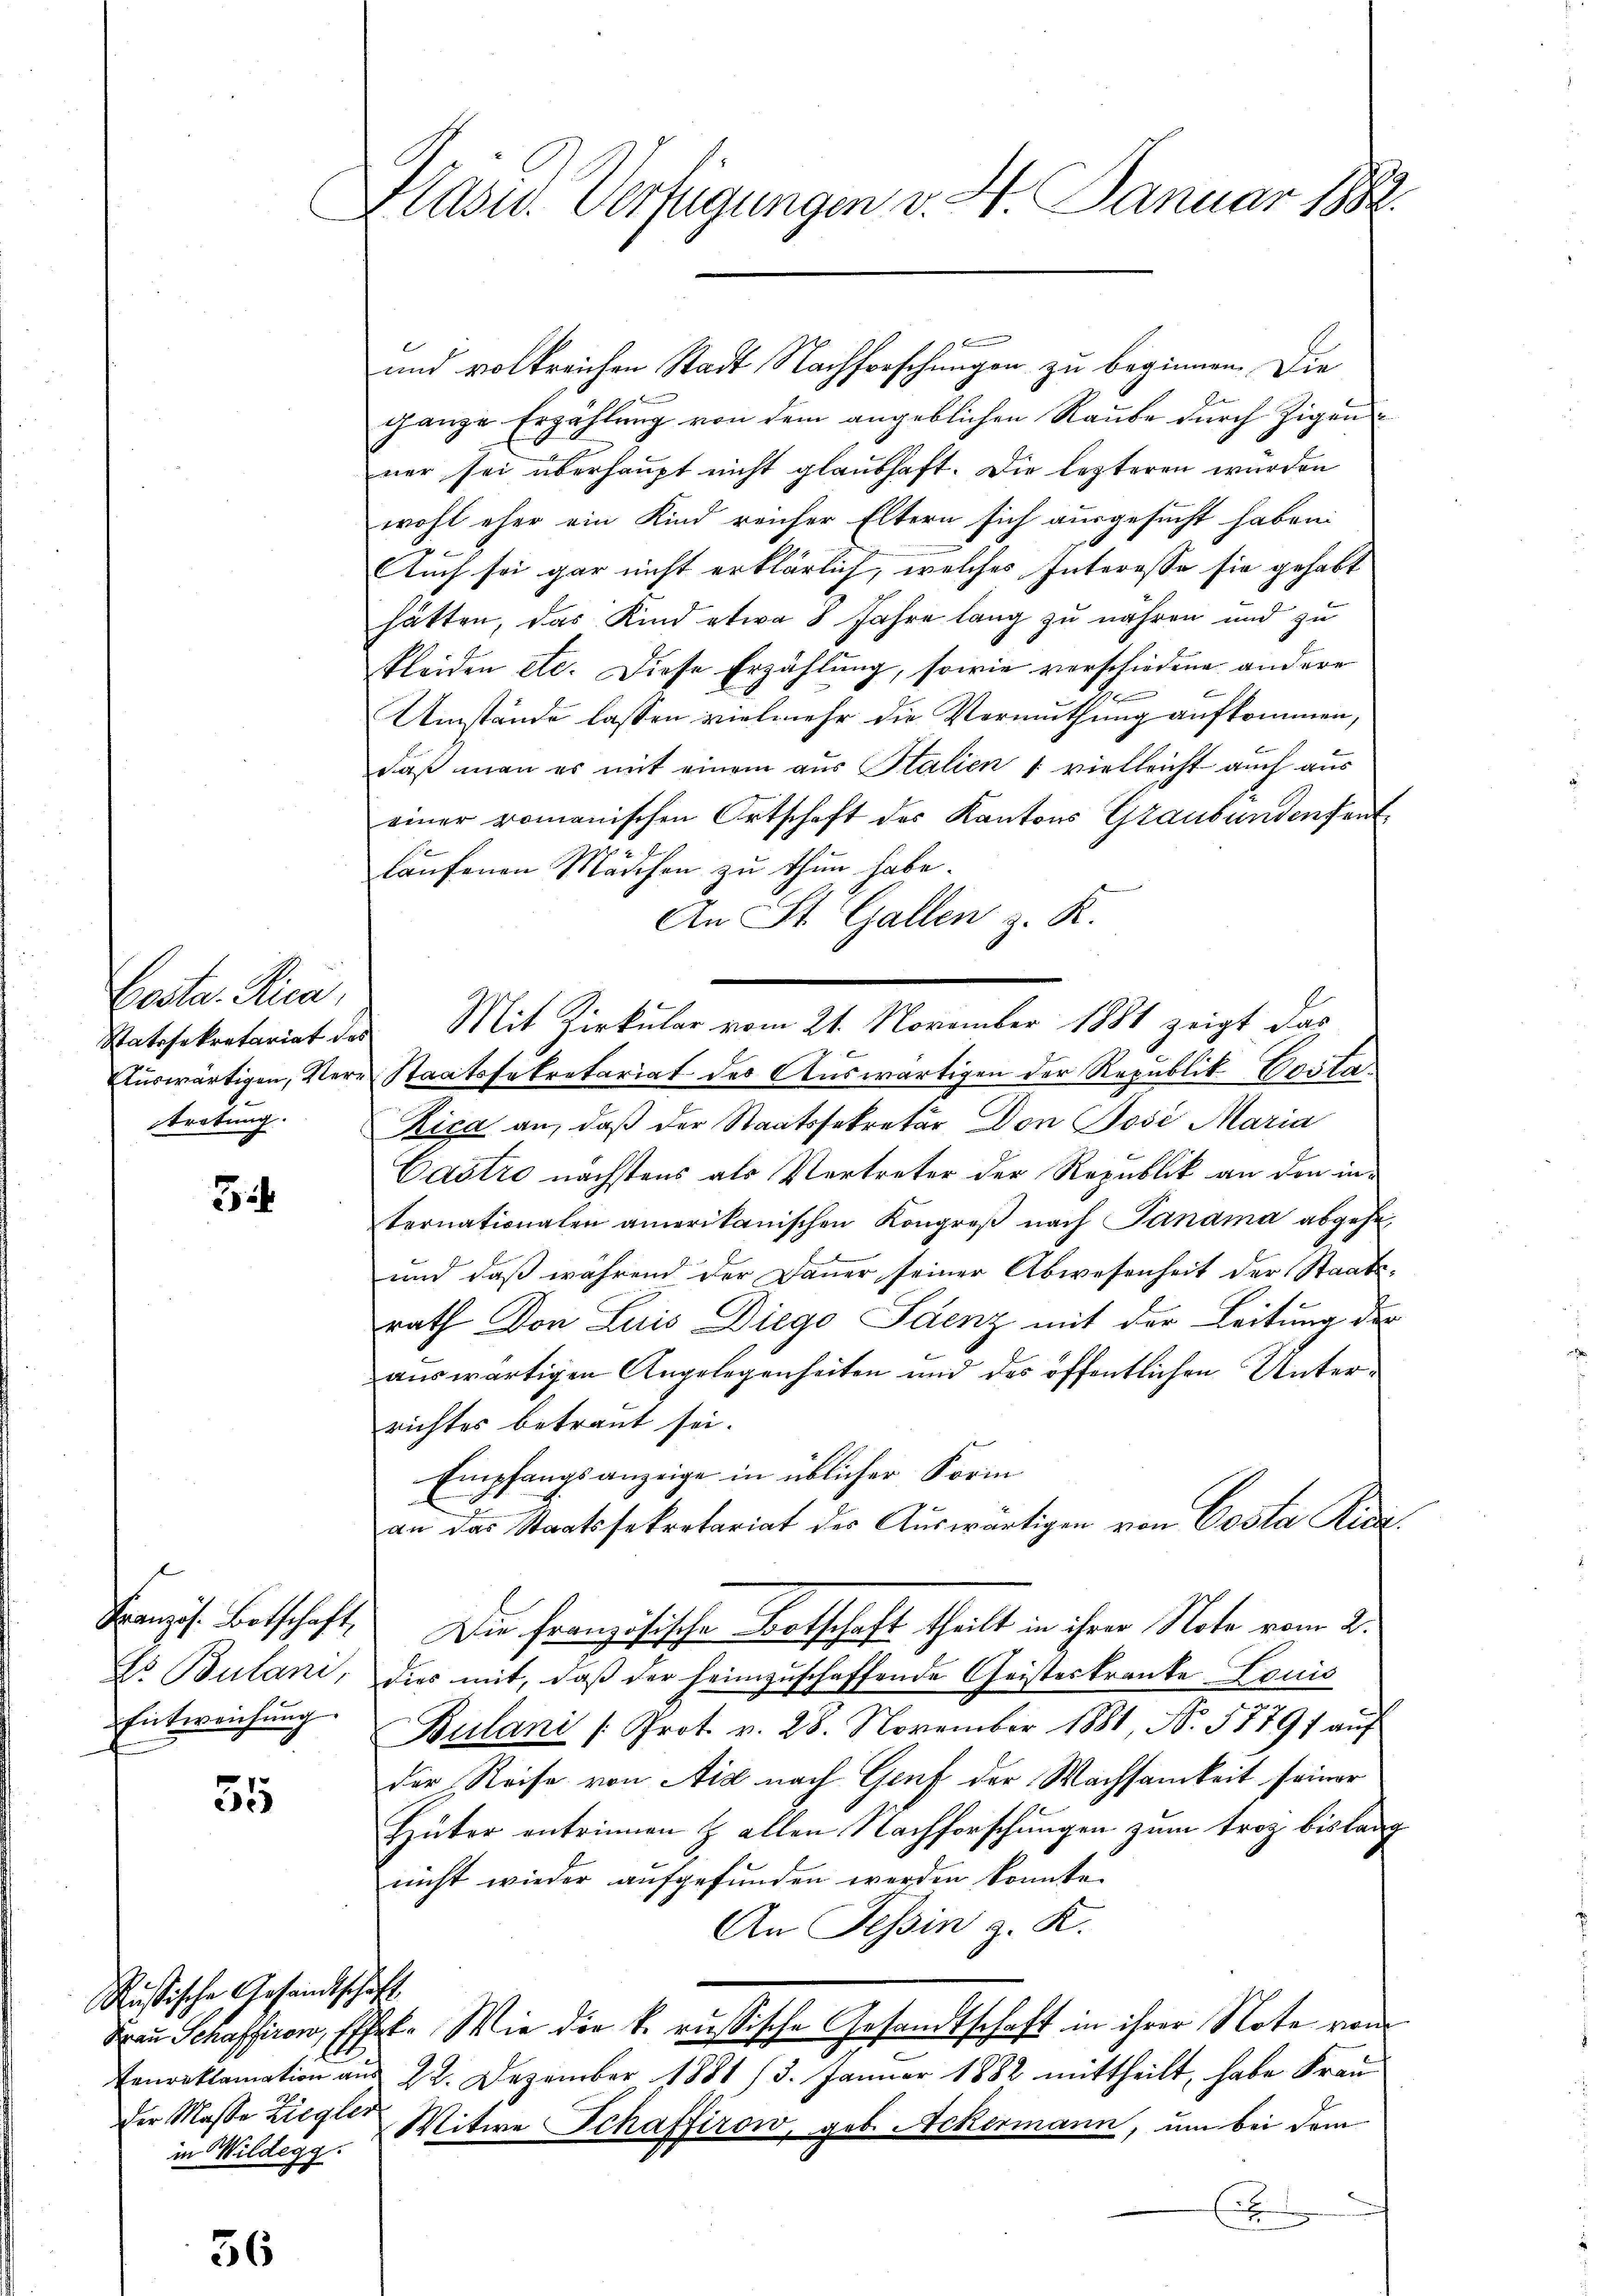
Costa Pici,
Auswärtigen, Vertretung.

3

Ei Bulani,
Entweichung.

55

Rußische Gesandtschäft
der Masse Ziegler
in Wildegg.

56

Klass. Verfügungen v. 4. Januar 1882.

1 f 2
und volkreichen Stadt Nachforschungen zu beginnen. Die
be
ganze Erzählung von dem angeblichen Raube durch Zigenner sei überhaupt nicht glaubhaft. Die lezteren wurden
wohl eher ein Kind reicher Eltern sich ausgesucht haben.
Auch sei gar nicht erklärlich, welches Interesse sie gehabt
hätten, das Kind etwa 8 Jahre lang zu nähren und zu
kleiden etc. Diese Erzählung, sowie verschiedene andere
Umstände lassen vielmehr die Vermuthung aufkommen,
daß man es mit einem aus Stalien u. vielleicht auch aus
einer romanischen Ortschaft des Kantons Graubündenfant
laufenen Mädchen zu thun habe.
An St. Gallen z. K.
Ratssekretariat der Mit Zirkular vom 21. November 1881 zeigt das
Staatssekretariat des Auswärtigen der Republik Costa
Rica an, daß der Staatssekretär Don Josi Maria
Castro nächstens als Vertreter der Republik an den internationalen amerikanischen Kongreß nach Janama abgehe
und daß während der Dauer seiner Abwesenheit der Staats-
rath Don Luis Diego Saenz mit der Leitung der
auswärtigen Angelegenheiten und des öffentlichen Unterrichtes betraut sei.
Empfangsanzeige in üblicher Form
E
an das Staatssekretariat der Auswärtigen von Costa Ridi.
Französ. Betschaft, Die französische Botschaft theilt in ihrer Note vom 2.
dies mit, daß der heimzuschaffende Geisteskranke Louis
Bulani /: Prot. v. 28. November 1881, N. 58797 aŭf
die Reise von Aid nach Gruf der Wachsamkeit seiner
Hüter entrinnen & allen Nachforschungen zum troz bislang
nicht wieder aufgefunden werden konnte.
An Tessin z. K.
Frau Schaffirow, Effet. Wie die k. russische Gesandtschaft in ihrer Note vom
Tenreklamation aus 22. Dezember 1881 (3. Januar 1882 mittheilt, habe Frau
Mitwe Schaffirow, geb. Ackermann, um bei dem
(